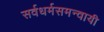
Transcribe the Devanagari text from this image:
सर्वधर्मसमन्‍वायी